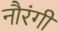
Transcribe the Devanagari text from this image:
नौरंगी